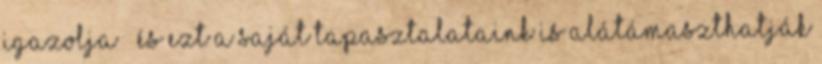
igazolja – és ezt a saját tapasztalataink is alátámaszthatják